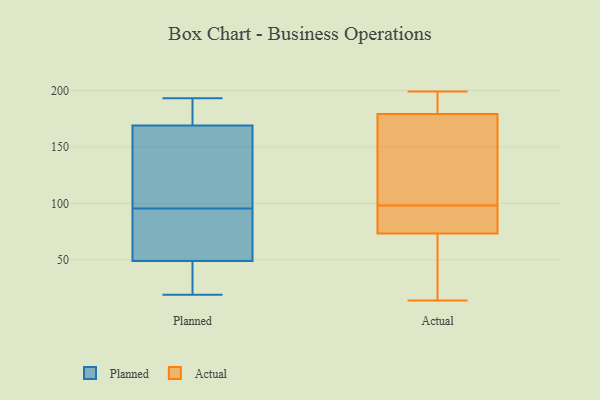
{"axis": {"x": "Production Output", "y": "Value"}, "legend": ["Actual", "Planned"], "data": [{"x": "", "y": 169, "type": "Planned"}, {"x": "", "y": 82, "type": "Planned"}, {"x": "", "y": 81, "type": "Planned"}, {"x": "", "y": 174, "type": "Planned"}, {"x": "", "y": 19, "type": "Planned"}, {"x": "", "y": 21, "type": "Planned"}, {"x": "", "y": 119, "type": "Planned"}, {"x": "", "y": 193, "type": "Planned"}, {"x": "", "y": 170, "type": "Planned"}, {"x": "", "y": 154, "type": "Planned"}, {"x": "", "y": 94, "type": "Planned"}, {"x": "", "y": 49, "type": "Planned"}, {"x": "", "y": 97, "type": "Planned"}, {"x": "", "y": 25, "type": "Planned"}, {"x": "", "y": 191, "type": "Actual"}, {"x": "", "y": 89, "type": "Actual"}, {"x": "", "y": 92, "type": "Actual"}, {"x": "", "y": 53, "type": "Actual"}, {"x": "", "y": 59, "type": "Actual"}, {"x": "", "y": 137, "type": "Actual"}, {"x": "", "y": 86, "type": "Actual"}, {"x": "", "y": 14, "type": "Actual"}, {"x": "", "y": 109, "type": "Actual"}, {"x": "", "y": 121, "type": "Actual"}, {"x": "", "y": 179, "type": "Actual"}, {"x": "", "y": 190, "type": "Actual"}, {"x": "", "y": 54, "type": "Actual"}, {"x": "", "y": 98, "type": "Actual"}, {"x": "", "y": 180, "type": "Actual"}, {"x": "", "y": 78, "type": "Actual"}, {"x": "", "y": 199, "type": "Actual"}]}